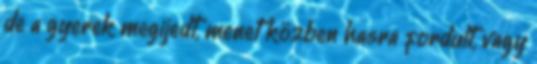
de a gyerek megijedt, menet közben hasra fordult, vagy